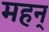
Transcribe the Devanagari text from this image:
महन्